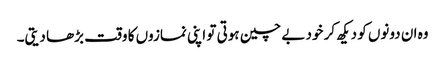
وہ ان دونوں کو دیکھ کر خود بے چین ہوتی تو اپنی نمازوں کا وقت بڑھا دیتی۔